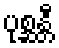
ပုစ္ဆန္တီ